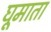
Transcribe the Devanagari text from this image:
घूमाता